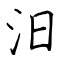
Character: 汨